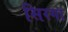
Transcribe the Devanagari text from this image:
सिरगा